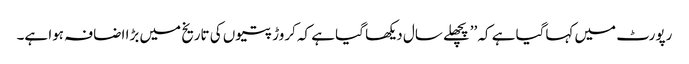
رپورٹ میں کہاگیا ہے کہ ’’پچھلے سال دیکھا گیا ہے کہ کروڑ پتیوں کی تاریخ میں بڑا اضافہ ہوا ہے۔